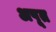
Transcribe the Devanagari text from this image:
अपूत